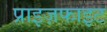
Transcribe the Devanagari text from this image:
प्राइज़फाइट